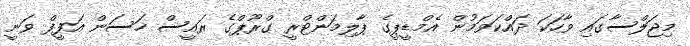
މިޖަލްސާގައި ވާހަކަ ދައްކަވަމުން އެމްޑީޕީގެ ޕާލިމަންޓްރީ ގްރޫޕްގެ ރައީސް ހަސަން އަފީފް ވަނީ